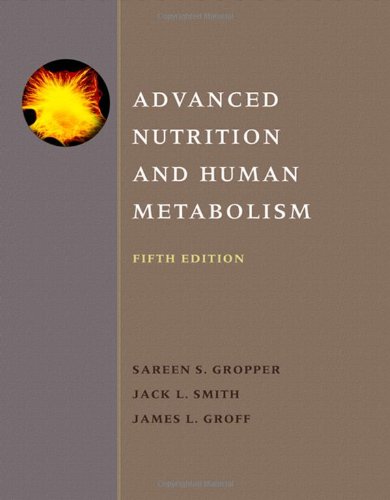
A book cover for Advanced Nutrition and Human Metabolism; Sareen S. Gropper; Medical Books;